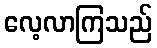
လေ့လာကြသည်